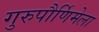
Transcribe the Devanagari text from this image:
गुरुपौर्णिमेला